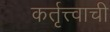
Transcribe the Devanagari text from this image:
कर्तृत्त्वाची